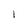
Character: 1